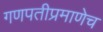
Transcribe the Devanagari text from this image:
गणपतीप्रमाणेच